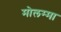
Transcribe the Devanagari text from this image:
मोलम्मा